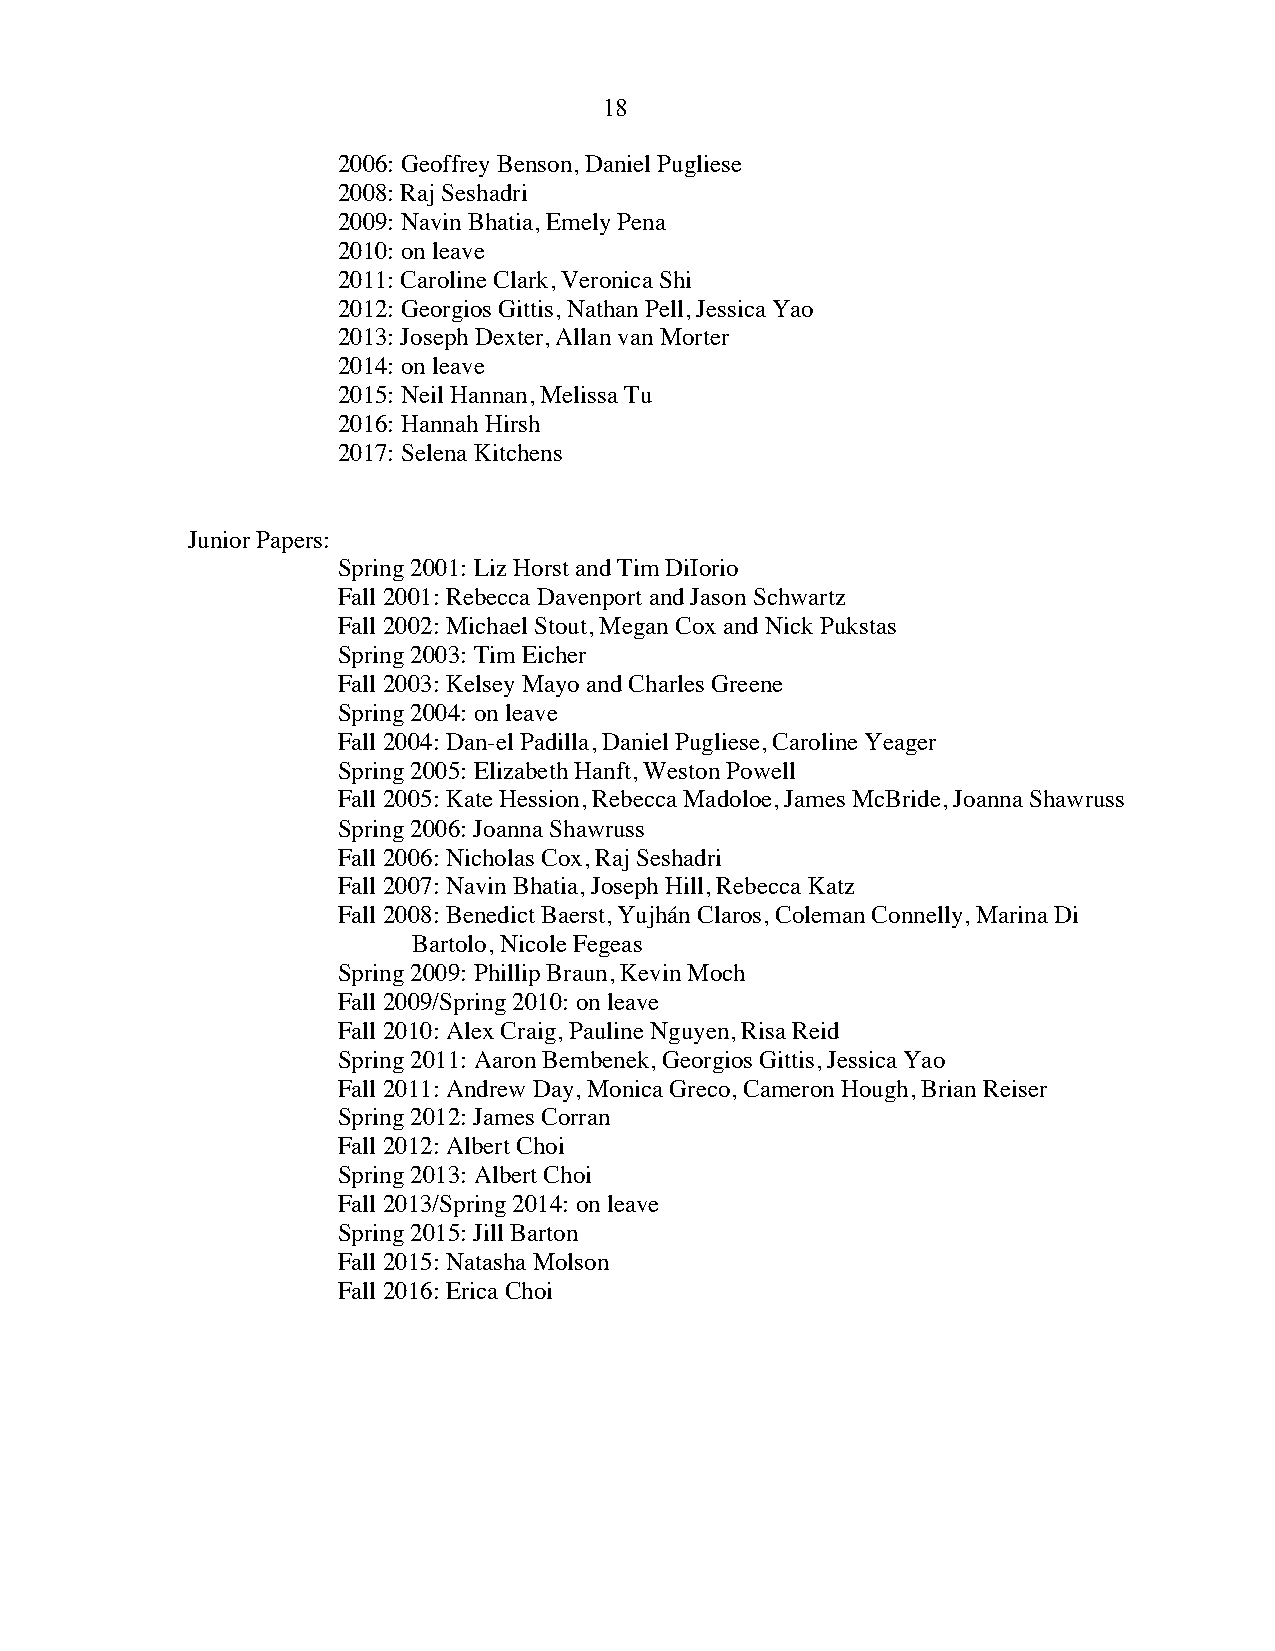
18
 2006: Geoffrey Benson, Daniel Pugliese
 2008: Raj Seshadri
 2009: Navin Bhatia, Emely Pena
 2010: on leave
 2011: Caroline Clark, Veronica Shi
 2012: Georgios Gittis, Nathan Pell, Jessica Yao
 2013: Joseph Dexter, Allan van Morter
 2014: on leave
 2015: Neil Hannan, Melissa Tu
 2016: Hannah Hirsh
 2017: Selena Kitchens
 Junior Papers:
 Spring 2001: Liz Horst and Tim DiIorio
 Fall 2001: Rebecca Davenport and Jason Schwartz
 Fall 2002: Michael Stout, Megan Cox and Nick Pukstas
 Spring 2003: Tim Eicher
 Fall 2003: Kelsey Mayo and Charles Greene
 Spring 2004: on leave
 Fall 2004: Dan-el Padilla, Daniel Pugliese, Caroline Yeager
 Spring 2005: Elizabeth Hanft, Weston Powell
 Fall 2005: Kate Hession, Rebecca Madoloe, James McBride, Joanna Shawruss
 Spring 2006: Joanna Shawruss
 Fall 2006: Nicholas Cox, Raj Seshadri
 Fall 2007: Navin Bhatia, Joseph Hill, Rebecca Katz
 Fall 2008: Benedict Baerst, Yujhán Claros, Coleman Connelly, Marina Di
 Bartolo, Nicole Fegeas
 Spring 2009: Phillip Braun, Kevin Moch
 Fall 2009/Spring 2010: on leave
 Fall 2010: Alex Craig, Pauline Nguyen, Risa Reid
 Spring 2011: Aaron Bembenek, Georgios Gittis, Jessica Yao
 Fall 2011: Andrew Day, Monica Greco, Cameron Hough, Brian Reiser
 Spring 2012: James Corran
 Fall 2012: Albert Choi
 Spring 2013: Albert Choi
 Fall 2013/Spring 2014: on leave
 Spring 2015: Jill Barton
 Fall 2015: Natasha Molson
 Fall 2016: Erica Choi